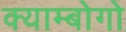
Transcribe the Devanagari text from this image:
क्याम्बोगो